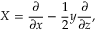
X = { \frac { \partial } { \partial x } } - { \frac { 1 } { 2 } } y { \frac { \partial } { \partial z } } ,